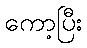
ကော့ပြီး